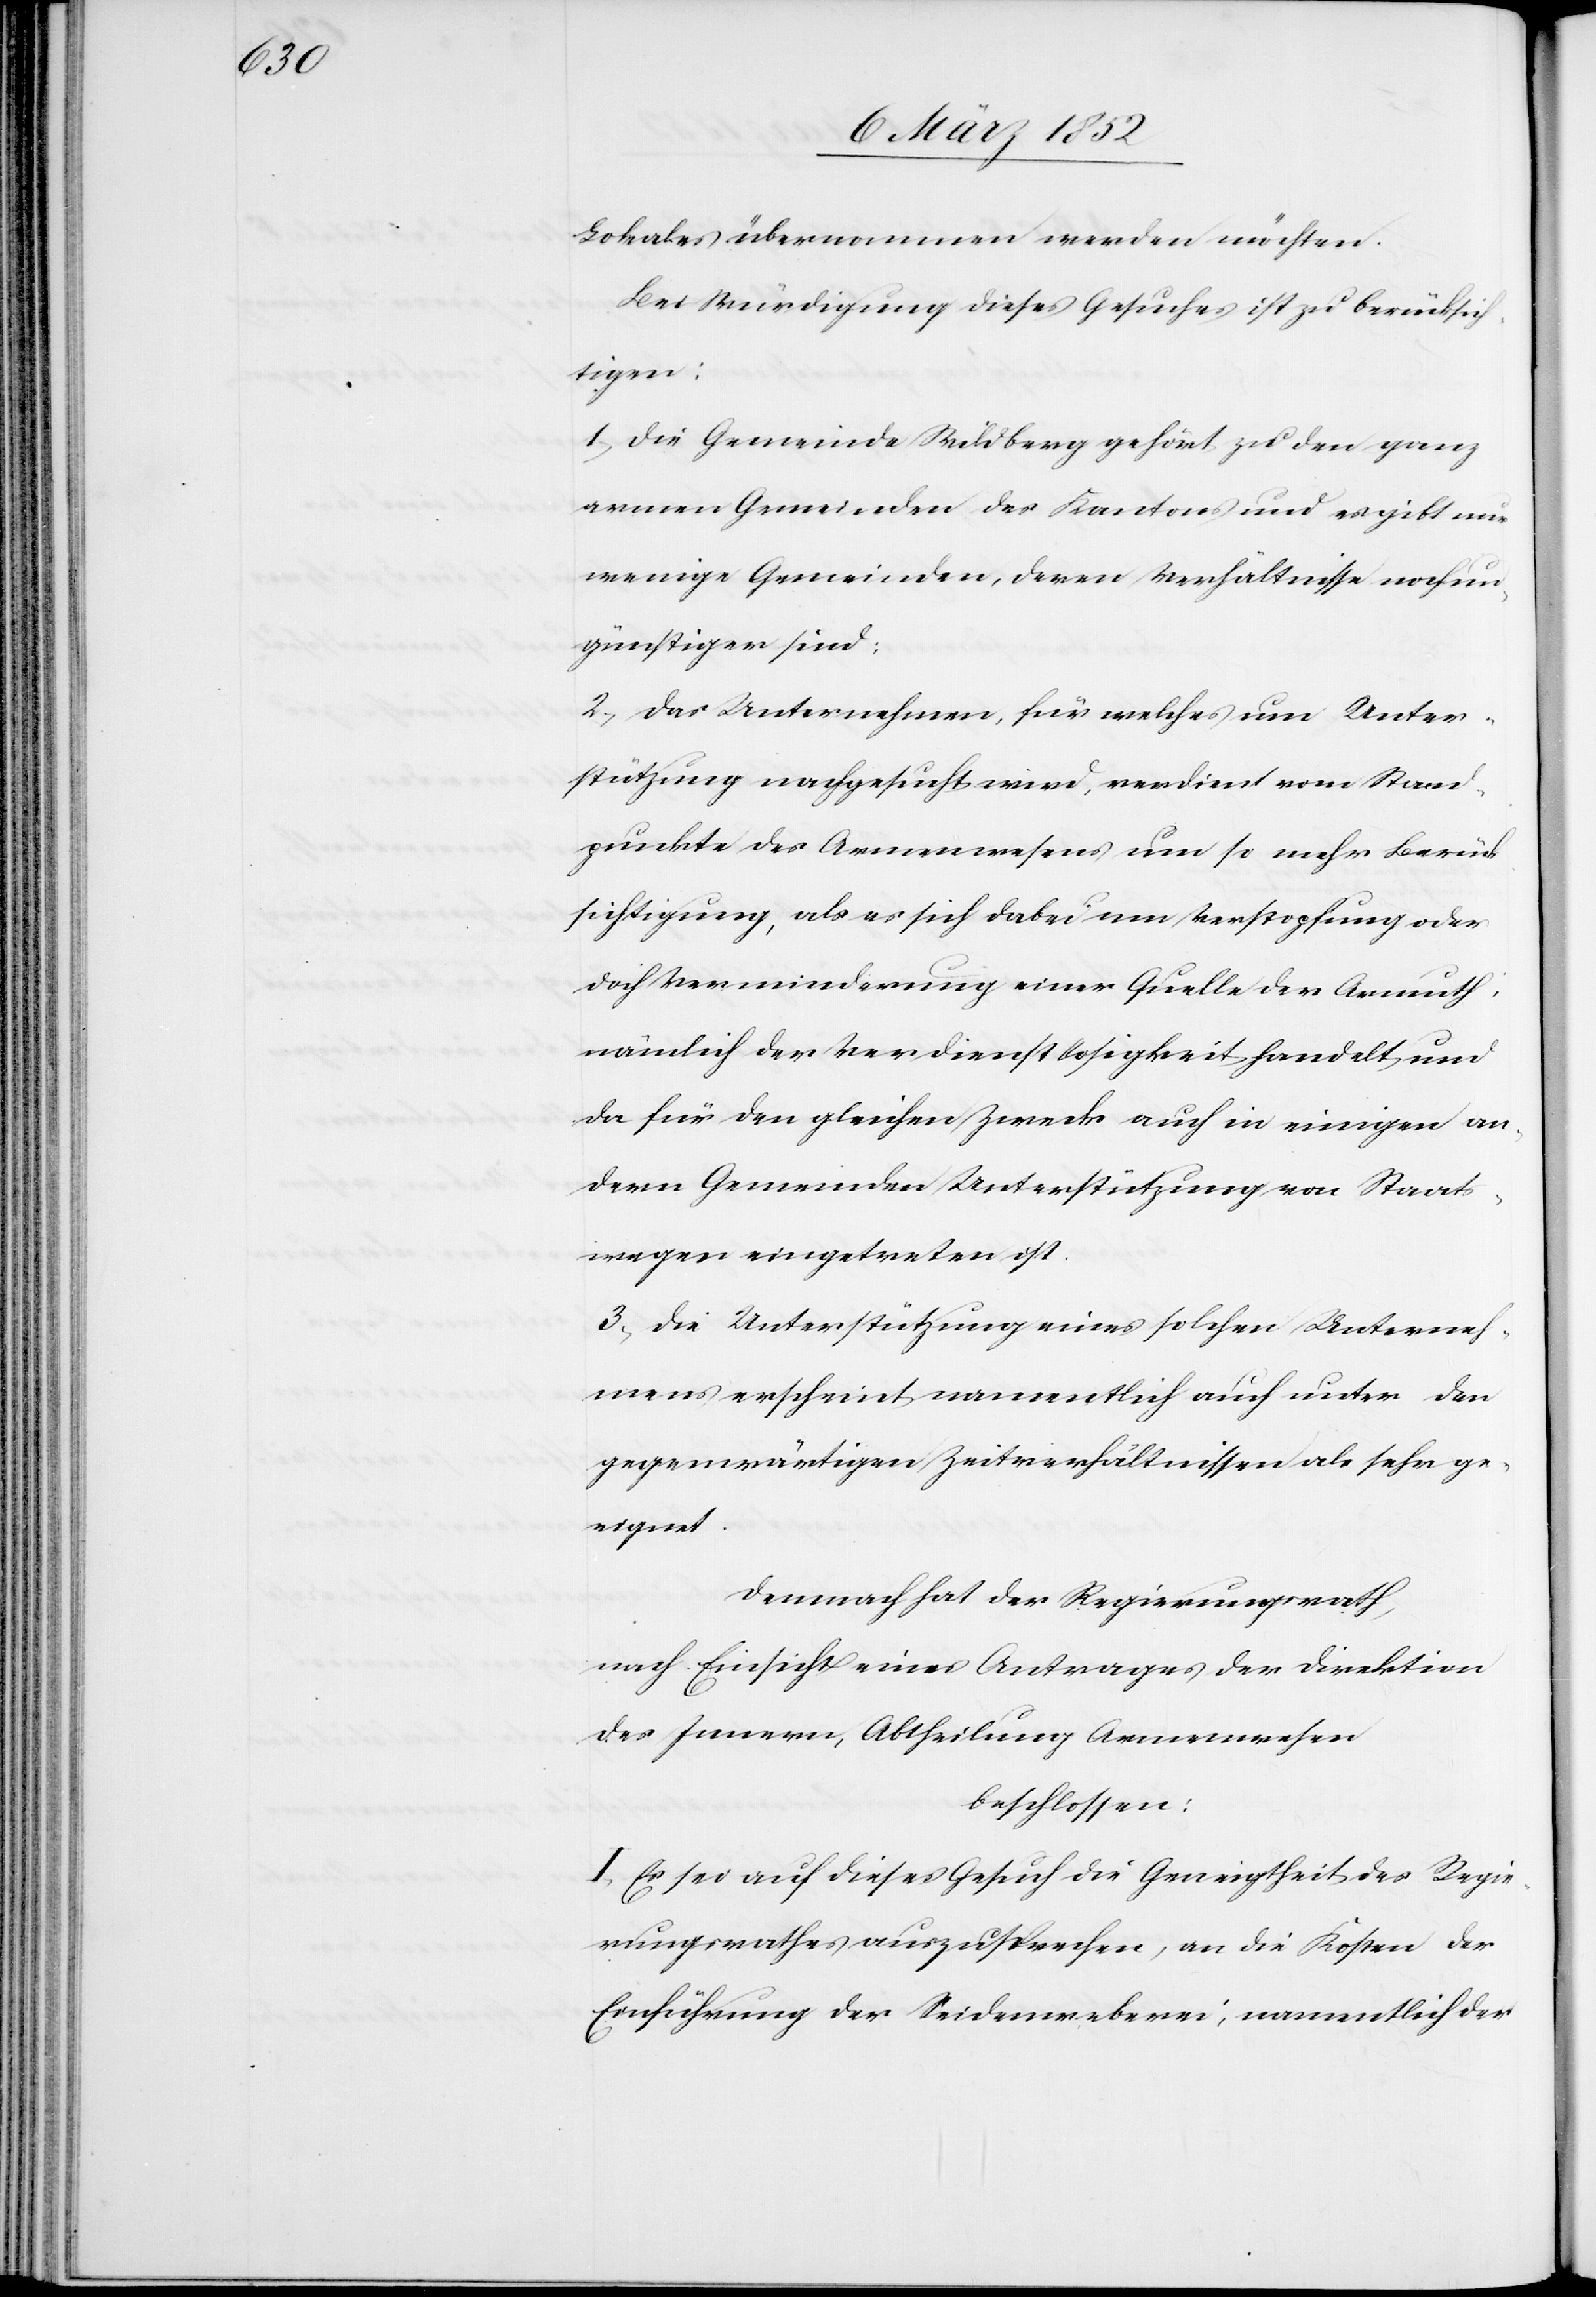
Lokales übernommen werden möchte.
Bei Würdigung dieses Gesuches ist zu berücksich¬
tigen:
1.) Die Gemeinde Wildberg gehört zu den ganz
armen Gemeinden des Kantons und es gibt nur
wenige Gemeinden, deren Verhältnisse noch un¬
günstiger sind;
2.) Das Unternehmen für welches um Unter¬
stützung nachgesucht wird, verdient vom Stand¬
punkte des Armenwesens um so mehr Berück¬
sichtigung, als es sich dabei um Verstopfung oder
doch Verminderung einer Quelle der Armuth,
nämlich der Verdienstlosigkeit handelt und
da für den gleichen Zweck auch in einigen an¬
dern Gemeinden Unterstützungen von Staat¬
swegen eingetreten ist.
3.) Die Unterstützung eines solchen Unterneh¬
mens erscheint namentlich auch unter den
gegenwärtigen Zeitverhältnissen als sehr ge¬
eignet.
Demnach hat der Regierungsrath,
nach Einsicht eines Antrages der Direktion
des Innern, Abtheilung Armenwesen
beschlossen:
I. Es sei auf dieses Gesuch die Geneigtheit des Regie¬
rungsrathes auszusprechen, an die Kosten der
Einführung der Seidenweberei, namentlich der